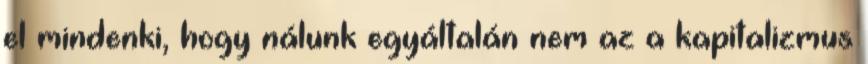
el mindenki, hogy nálunk egyáltalán nem az a kapitalizmus